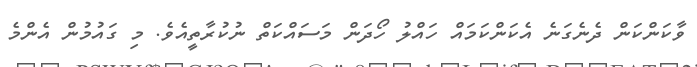
ވާކަންކަން ދެނެގަނެ އެކަންކަމައް ހައްލު ހޯދަން މަސައްކަތް ނުކުރާތީއެވެ. މި ގައުމުން އެންމެ